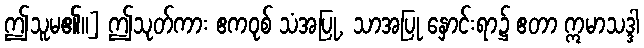
ဤသူမ၏။] ဤသုတ်ကား ဧကဝုစ် သံအပြု, သာအပြု နှောင်းရာ၌ ဧတာ ဣမာသဒ္ဒါ